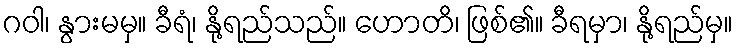
ဂဝါ၊ နွားမမှ။ ခီရံ၊ နို့ရည်သည်။ ဟောတိ၊ ဖြစ်၏။ ခီရမှာ၊ နို့ရည်မှ။